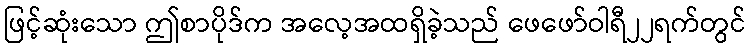
ဖြင့်ဆုံးသော ဤစာပိုဒ်က အလေ့အထရှိခဲ့သည် ဖေဖော်ဝါရီ၂၂ရက်တွင်